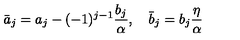
\bar { a } _ { j } = a _ { j } - ( - 1 ) ^ { j - 1 } \frac { b _ { j } } { \alpha } , \quad \bar { b } _ { j } = b _ { j } \frac { \eta } { \alpha }